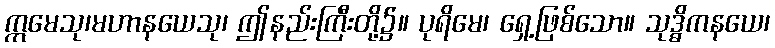
ဣမေသု၊မဟာနယေသု၊ ဤနည်းကြီးတို့၌။ ပုရိမေ၊ ရှေ့ဖြစ်သော။ သုဒ္ဓိကနယေ၊